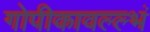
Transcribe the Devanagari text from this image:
गोपीकावल्ल्भं